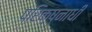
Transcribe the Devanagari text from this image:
परिक्ष्नाधीं